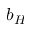
b _ { H }